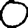
Digit: 0